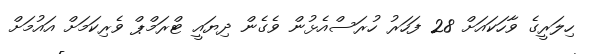
ހިލަރީގެ ވާހަކައަށް 28 ފަހަރު ހުރަސްއެޅުން ވެގެން ދިޔައީ ޓްރަމްޕް ވެރިކަމަށް އައުމަށް